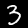
Label: 3